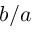
b / a